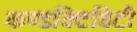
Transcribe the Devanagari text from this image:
कण्डक्टिविटी